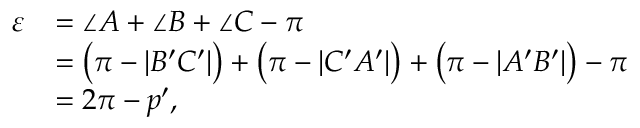
{ \begin{array} { r l } { \varepsilon } & { = \angle A + \angle B + \angle C - \pi } \\ & { = { \bigl ( } \pi - | B ^ { \prime } C ^ { \prime } | { \bigr ) } + { \bigl ( } \pi - | C ^ { \prime } A ^ { \prime } | { \bigr ) } + { \bigl ( } \pi - | A ^ { \prime } B ^ { \prime } | { \bigr ) } - \pi } \\ & { = 2 \pi - p ^ { \prime } , } \end{array} }